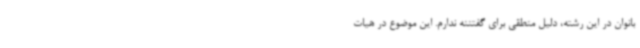
بانوان در این رشته، دلیل منطقی برای گفتننه ندارم. این موضوع در هیات